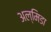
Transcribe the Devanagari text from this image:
अल्मिडा